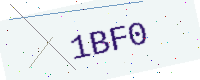
Text: 1BF0